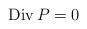
LaTeX: \begin{align*}\operatorname{Div}P=0\end{align*}